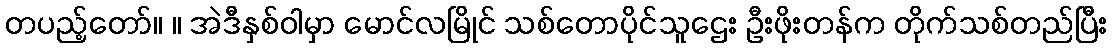
တပည့်တော်။ ။ အဲဒီနှစ်ဝါမှာ မောင်လမြိုင် သစ်တောပိုင်သူဌေး ဦးဖိုးတန်က တိုက်သစ်တည်ပြီး